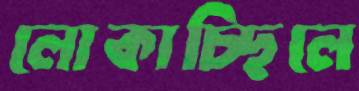
লোকাচ্ছিলে